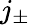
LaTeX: j_{\pm}